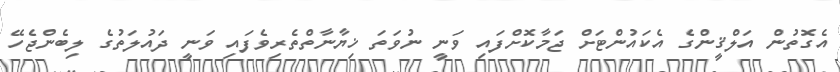
އެގޮތުން އަލްޤީންގެ އެކައުންޓަށް ޖަމާކޮށްފައި ވަނީ ނުވަތަ ޚިޔާނާތްތެރިވެފައި ވަނީ ދައުލަތުގެ ލިބެންޖެހޭ